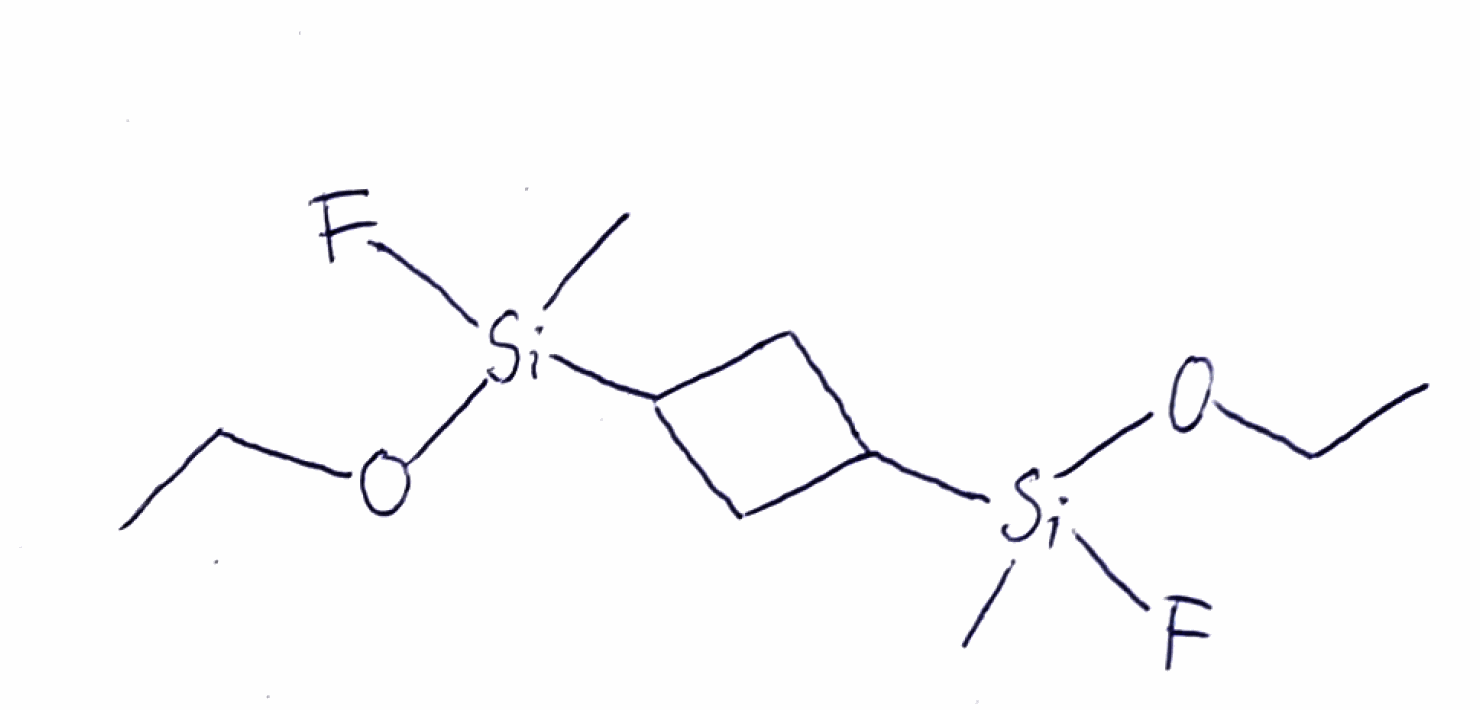
Simplified molecular-input line-entry system (SMILES) notation of the given molecule:
CCO[Si](C)(C1CC(C1)[Si](C)(OCC)F)F